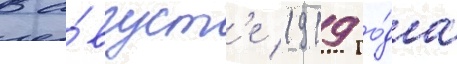
В а́вгуст'е 1919 го́да